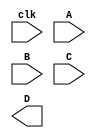
`timescale 1ns / 1ps
//////////////////////////////////////////////////////////////////////////////////
// Company: 
// Engineer: 
// 
// Design Name: 
// Module Name: blockingmodule
// Project Name: 
// Target Devices: 
// Tool Versions: 
// Description: 
// 
// Dependencies: 
// 
// Revision:
// Revision 0.01 - File Created
// Additional Comments:
// 
//////////////////////////////////////////////////////////////////////////////////


module blockingmodule(clk,A,B,C,D);
input [9:0] A,B,C;
input clk;
output [9:0]  D;

endmodule